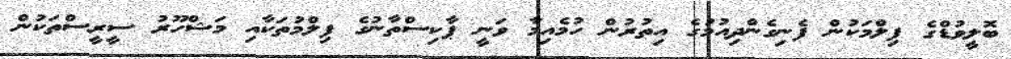
ބޮލީވުޑްގެ ފިލްމަކުން ފެނިގެންދިއުމުގެ އިތުރުން ހުމެއިމާ ވަނީ ޕާކިސްތާނުގެ ފިލްމުތަކާއި މަޝްހޫރު ސީރީސްތަކުން